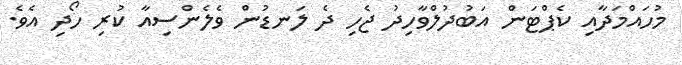
މުހައްމަދާއި ކެޕްޓަން އަބުދުލްވާހިދު ޖެހި ދެ ލަނޑުން ވެލެންސިއާ ކުރި ހޯދި އެވެ.